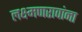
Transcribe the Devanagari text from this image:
लक्ष्मणरावांना